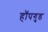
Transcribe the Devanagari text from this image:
हॉपगुड